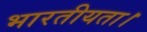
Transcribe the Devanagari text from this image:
भारतीयता।